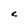
Character: C